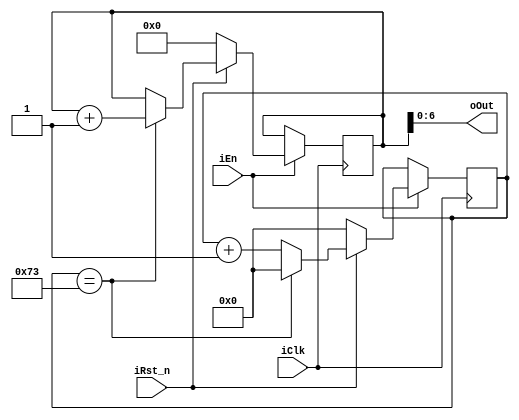
module Counter_Cell (
   
 input iClk,
 input iRst_n,
 input iEn,
 
 output [6:0] oOut  
 );
  
reg [6:0] counter; 
reg [7:0] temp;
always @(posedge iClk)
begin
  if(iEn) begin
    if (!iRst_n) begin
      temp <= 8'd0 ;
      counter <= 7'd0;
    end 
    else  begin
      counter <= counter + 1'b1;
      if (counter == 7'd115) begin
        counter <= 7'd0;
        temp <= temp + 1'b1;
      end
    end 
  end
end
assign oOut = temp[6:0];
endmodule